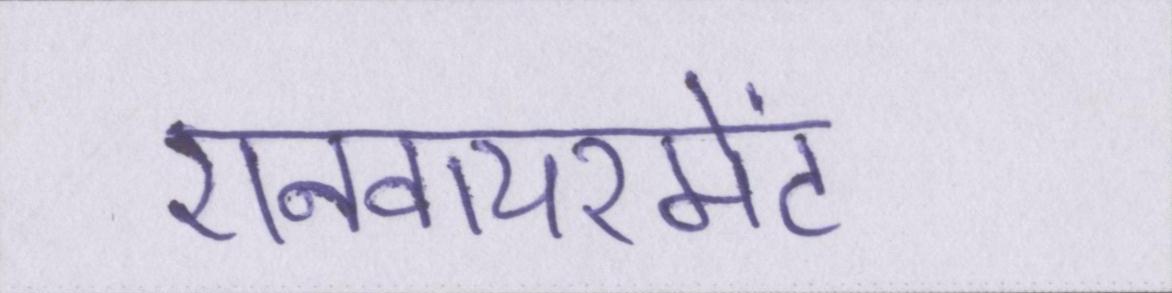
एनवायरमेंट